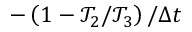
- \left( 1 - \mathcal { T } _ { 2 } / \mathcal { T } _ { 3 } \right) / \Delta t